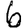
Digit: 6